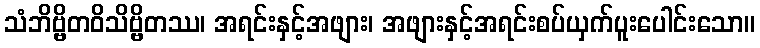
သံဘိဗ္ဗိတဝိသိဗ္ဗိတဿ၊ အရင်းနှင့်အဖျား၊ အဖျားနှင့်အရင်းစပ်ယှက်ပူးပေါင်းသော။